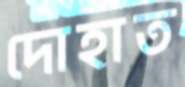
দোহাত